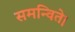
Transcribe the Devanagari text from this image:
समन्विते।